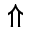
\Uparrow